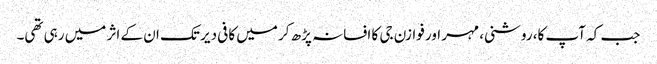
جب کہ آپ کا، روشنی، مہر اور فوازن جی کا افسانہ پڑھ کر میں کافی دیر تک ان کے اثر میں رہی تھی۔